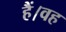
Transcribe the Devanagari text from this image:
हैं।वह